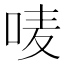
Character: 唛